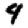
Digit: 4